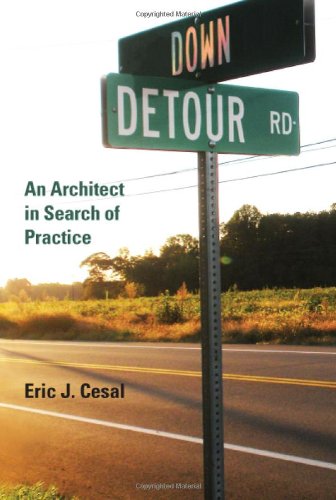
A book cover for Down Detour Road: An Architect in Search of Practice; Eric J. Cesal; Arts & Photography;